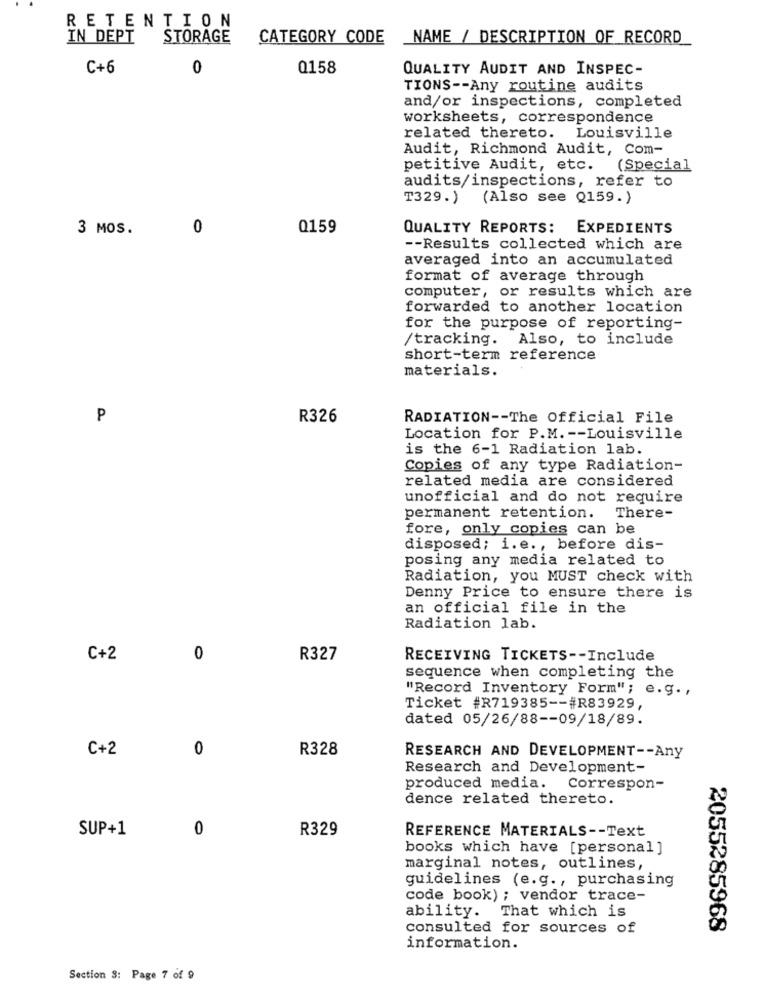
RETENTION
IN DEPT
STORAGE
CATEGORY CODE
_NAME / DESCRIPTION OF RECORD
C+6
0
0158
QUALITY AUDIT AND INSPEC-
TIONS -- Any routine audits
and/or inspections, completed
worksheets, correspondence
related thereto. Louisville
Audit, Richmond Audit, Com-
petitive Audit, etc. (Special
audits/inspections, refer to
T329.) (Also see Q159.)
3 MOS.
0
Q159
QUALITY REPORTS: EXPEDIENTS
-- Results collected which are
averaged into an accumulated
format of average through
computer, or results which are
forwarded to another location
for the purpose of reporting-
/tracking. Also, to include
short-term reference
materials.
P
R326
RADIATION -- The Official File
Location for P.M. -- Louisville
is the 6-1 Radiation lab.
Copies of any type Radiation-
related media are considered
unofficial and do not require
permanent retention.
There-
fore, only copies can be
disposed; i.e ., before dis-
posing any media related to
Radiation, you MUST check with
Denny Price to ensure there is
an official file in the
Radiation lab.
C+2
0
R327
RECEIVING TICKETS -- Include
sequence when completing the
"Record Inventory Form"; e.g .,
Ticket #R719385 -- #R83929,
dated 05/26/88 -- 09/18/89.
C+2
0
R328
RESEARCH AND DEVELOPMENT -- Any
Research and Development-
produced media.
Correspon-
dence related thereto.
0
R329
SUP+1
REFERENCE MATERIALS -- Text
books which have [personal]
marginal notes, outlines,
guidelines (e.g ., purchasing
code book) ; vendor trace-
ability. That which is
consulted for sources of
2055285968
information.
Section S: Page 7 of 9